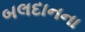
બલદાનના